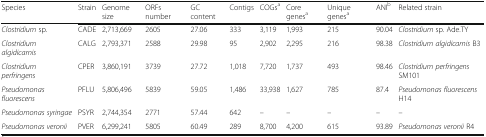
<table><thead><tr><td><b>Species</b></td><td><b>Strain</b></td><td><b>Genome size</b></td><td><b>ORFs number</b></td><td><b>GC content</b></td><td><b>Contigs</b></td><td><b>COGs<sup>a</sup></b></td><td><b>Core genes<sup>a</sup></b></td><td><b>Unique genes<sup>a</sup></b></td><td><b>ANI<sup>b</sup></b></td><td><b>Related strain</b></td></tr></thead><tbody><tr><td><i>Clostridium</i> sp.</td><td>CADE</td><td>2,713,669</td><td>2605</td><td>27.06</td><td>333</td><td>3,119</td><td>1,993</td><td>215</td><td>90.04</td><td><i>Clostridium</i> sp. Ade.TY</td></tr><tr><td><i>Clostridium algidicarnis</i></td><td>CALG</td><td>2,793,371</td><td>2588</td><td>29.98</td><td>95</td><td>2,902</td><td>2,295</td><td>216</td><td>98.38</td><td><i>Clostridium algidicarnis</i> B3</td></tr><tr><td><i>Clostridium perfringens</i></td><td>CPER</td><td>3,860,191</td><td>3739</td><td>27.72</td><td>1,018</td><td>7,720</td><td>1,737</td><td>493</td><td>98.46</td><td><i>Clostridium perfringens</i> SM101</td></tr><tr><td><i>Pseudomonas fluorescens</i></td><td>PFLU</td><td>5,806,496</td><td>5839</td><td>59.05</td><td>1,486</td><td>33,938</td><td>1,627</td><td>785</td><td>87.4</td><td><i>Pseudomonas fluorescens</i> H14</td></tr><tr><td><i>Pseudomonas syringae</i></td><td>PSYR</td><td>2,744,354</td><td>2771</td><td>57.44</td><td>642</td><td>–</td><td>–</td><td>–</td><td>–</td><td>–</td></tr><tr><td><i>Pseudomonas veronii</i></td><td>PVER</td><td>6,299,241</td><td>5805</td><td>60.49</td><td>289</td><td>8,700</td><td>4,200</td><td>615</td><td>93.89</td><td><i>Pseudomonas veronii</i> R4</td></tr></tbody></table>